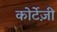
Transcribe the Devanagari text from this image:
कोर्टेज़ी